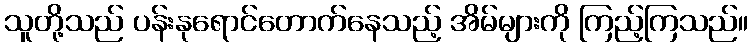
သူတို့သည် ပန်းနုရောင်တောက်နေသည့် အိမ်များကို ကြည့်ကြသည်။